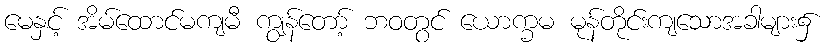
မေနှင့် အိမ်ထောင်မကျမီ ကျွန်တော့် ဘဝတွင် ယောက္ခမ မုန်တိုင်းကျသောအခါများ၌